Annual report of the Imperial Bacteriological Laboratory, Muktesar
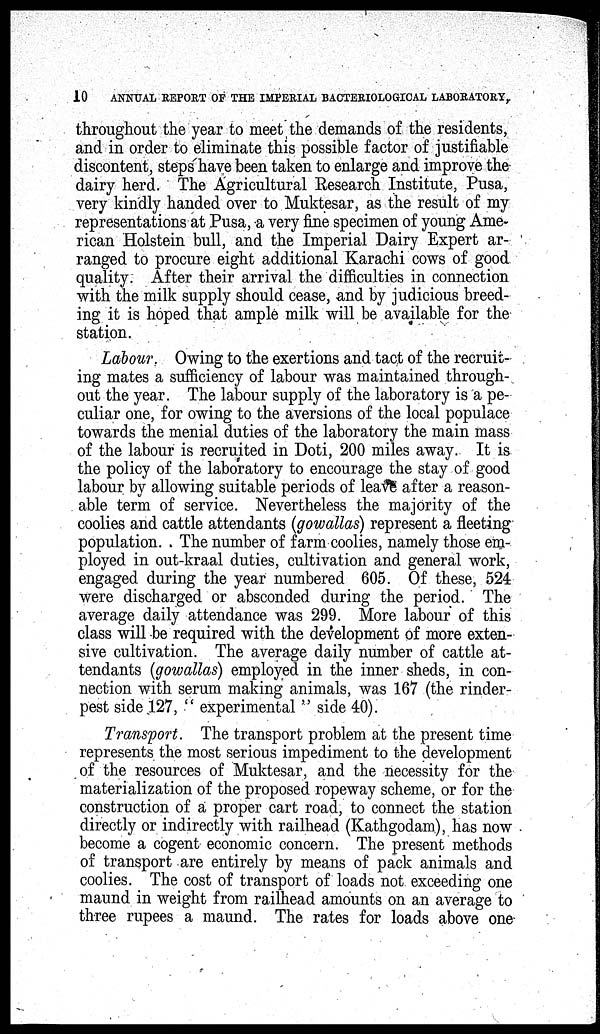
10
ANNUAL REPORT OF THE IMPERIAL BACTERIOLOGICAL LABORATORY,
throughout the year to meet the demands of the residents,
and in order to eliminate this possible factor of justifiable
discontent, steps have been taken to enlarge and improve the
dairy herd. The Agricultural Research Institute, Pusa,
very kindly handed over to Muktesar, as the result of my
representations at Pusa, a very fine specimen of young Ame-
rican Holstein bull, and the Imperial Dairy Expert ar-
ranged to procure eight additional Karachi cows of good
quality. After their arrival the difficulties in connection
with the milk supply should cease, and by judicious breed-
ing it is hoped that ample milk will be available for the
station.
Labour. Owing to the exertions and tact of the recruit-
ing mates a sufficiency of labour was maintained through-
out the year. The labour supply of the laboratory is a pe-
culiar one, for owing to the aversions of the local populace
towards the menial duties of the laboratory the main mass
of the labour is recruited in Doti, 200 miles away. It is
the policy of the laboratory to encourage the stay of good
labour by allowing suitable periods of leave after a reason-
able term of service. Nevertheless the majority of the
coolies and cattle attendants (gowallas) represent a fleeting
population. The number of farm coolies, namely those em-
ployed in out-kraal duties, cultivation and general work,
engaged during the year numbered 605. Of these, 524
were discharged or absconded during the period. The
average daily attendance was 299. More labour of this
class will be required with the development of more exten-
sive cultivation. The average daily number of cattle at-
tendants (gowallas) employed in the inner sheds, in con-
nection with serum making animals, was 167 (the rinder-
pest side 127, " experimental " side 40).
Transport. The transport problem at the present time
represents the most serious impediment to the development
of the resources of Muktesar, and the necessity for the
materialization of the proposed ropeway scheme, or for the
construction of a proper cart road, to connect the station
directly or indirectly with railhead (Kathgodam), has now
become a cogent economic concern. The present methods
of transport are entirely by means of pack animals and
coolies. The cost of transport of loads not exceeding one
maund in weight from railhead amounts on an average to
three rupees a maund. The rates for loads above one